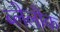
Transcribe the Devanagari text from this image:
ब्लेलौक